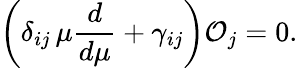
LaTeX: \left(\delta_{ij}\, \mu\frac{d}{d\mu}+\gamma_{ij}\right){\cal O}_{j}=0.